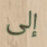
إلى